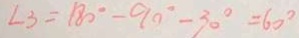
\angle 3 = 1 8 0 ^ { \circ } - 9 0 ^ { \circ } - 3 0 ^ { \circ } = 6 0 ^ { \circ }